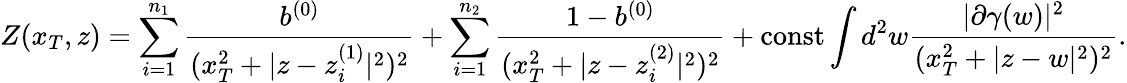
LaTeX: Z(x_{T},z)=\sum_{i=1}^{n_{1}}{\frac{b^{(0)}}{(x_{T}^{2}+|z-z_{i}^{(1)}|^{2})^{2}}}+\sum_{i=1}^{n_{2}}{\frac{1-b^{(0)}}{(x_{T}^{2}+|z-z_{i}^{(2)}|^{2})^{2}}}+\mathrm{const}\int d^{2}w{\frac{|\partial\gamma(w)|^{2}}{(x_{T}^{2}+|z-w|^{2})^{2}}}.